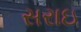
સરાઇ